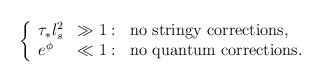
LaTeX: \begin{align*}\left\{ \begin{array}{lll}\tau_{*} l_s^2 & \gg 1: & \mbox{no stringy corrections,}\\e^\phi & \ll 1: & \mbox{no quantum corrections.}\end{array}\right.\end{align*}